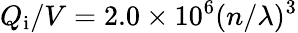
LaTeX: Q_{\mathrm{i}}/V=2.0\times 10^{6}(n/\lambda)^{3}